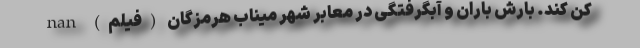
کن کند. بارش باران و آبگرفتگی در معابر شهر میناب هرمزگان (فیلم) nan